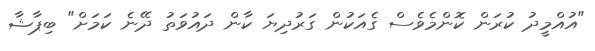
"އުއްމީދު ކުުރަން ކޮންމެވެސް ގެއަކުން ގަރުދިޔަ ކާން ދައުވަތު ދޭނެ ކަމަށް" ބިޕާޝާ